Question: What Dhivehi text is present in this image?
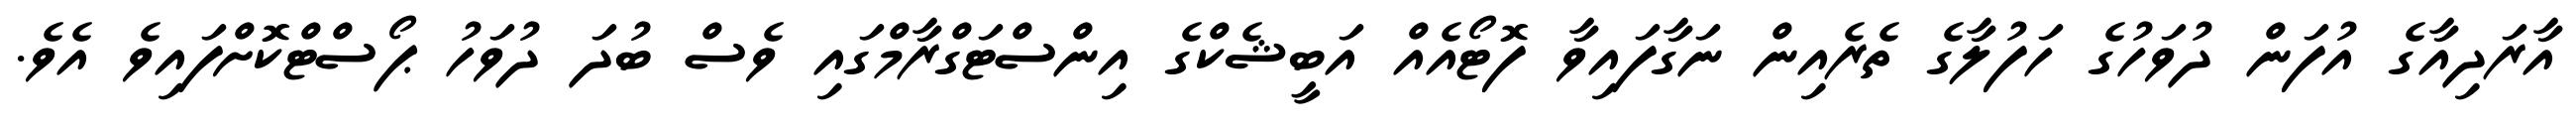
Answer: އާރަދިއާގެ އުފަން ދުވަހުގެ ހަފުލާގެ ތެރެއިން ނަގާފައިވާ ފޮޓޯއެއް އަބީޝެކްގެ އިންސްޓަގްރާމްގައި ވެސް ބުދަ ދުވަހު ޕޯސްޓްކޮށްފައިވެ އެވެ.